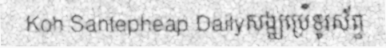
Koh Santepheap Dailyសង្ឃប្រើទូរស័ព្ទ